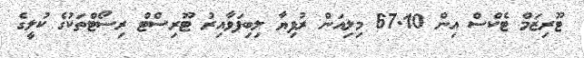
ޓޫރިޒަމް ޓެކްސް އިން 67.10 މިލިއަން ރުފިޔާ ލިބިފަވާއިރު ޓޫރިސްޓް ރިސޯޓްތަކުގެ ކުލީގެ